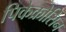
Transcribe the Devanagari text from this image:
पिकेक्रोसिन